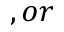
, o r